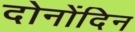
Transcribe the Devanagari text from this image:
दोनोंदिन